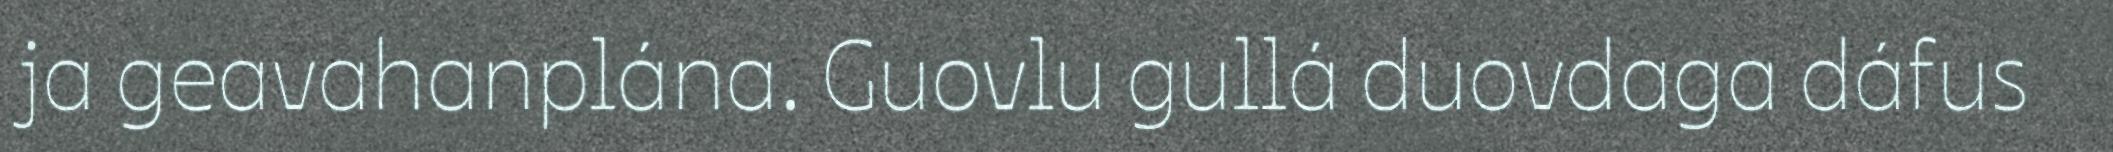
ja geavahanplána. Guovlu gullá duovdaga dáfus